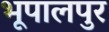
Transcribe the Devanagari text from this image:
भूपालपुर